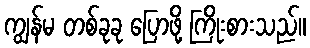
ကျွန်မ တစ်ခုခု ပြောဖို့ ကြိုးစားသည်။